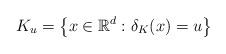
LaTeX: \begin{align*}K_{u}=\left\{x\in \mathbb R^d:\delta_K(x)= u\right\}\end{align*}